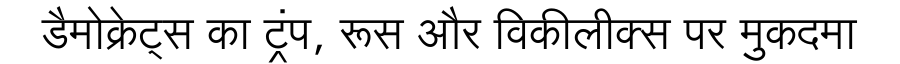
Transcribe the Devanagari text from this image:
डैमोक्रेट्स का ट्रंप, रूस और विकीलीक्स पर मुकदमा